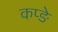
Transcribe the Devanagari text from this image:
कप्ङे